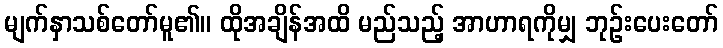
မျက်နှာသစ်တော်မူ၏။ ထိုအချိန်အထိ မည်သည့် အာဟာရကိုမျှ ဘုဉ်းပေးတော်